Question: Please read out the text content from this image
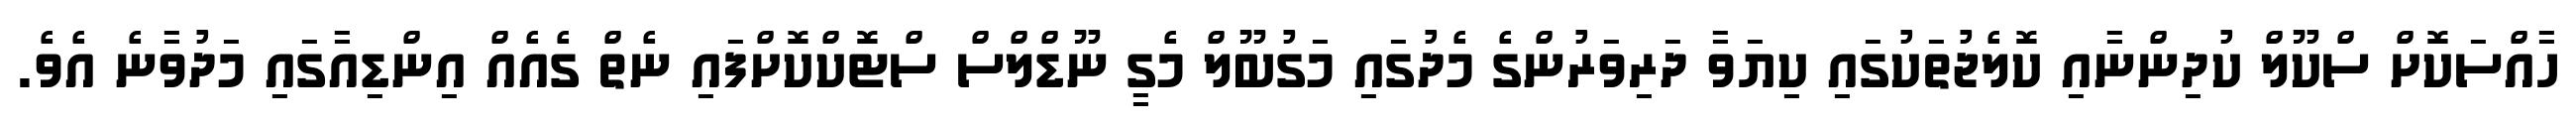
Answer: ހާއްސަކޮށް ސްކޫލް ކުދިންނާއި ކޮލެޖުތަކުގައި ކިޔަވާ ދަރިވަރުންގެ މެދުގައި މަގުބޫލް މެގީ ނޫޑްލްސް ސްޓޮކްކޮށްފައި ނެތް ގެއެއް އިންޑިއާގައި މަދުވާނެ އެވެ.